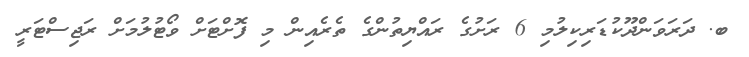
ބ. ދަރަވަންދޫކުޑަރިކިލުމި 6 ރަށުގެ ރައްޔިތުންގެ ތެރެއިން މި ފޮށްޓަށް ވޯޓުލުމަށް ރަޖިސްޓަރީ